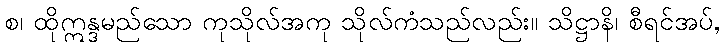
စ၊ ထိုဣန္ဒမည်သော ကုသိုလ်အကု သိုလ်ကံသည်လည်း။ သိဋ္ဌာနိ၊ စီရင်အပ်,